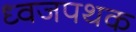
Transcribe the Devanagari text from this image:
ध्वजपथक